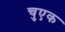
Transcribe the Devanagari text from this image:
चुएक